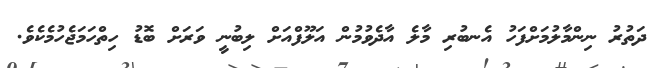
ދަތުރު ނިންމާލުމަށްފަހު އެނބުރި މާލެ އާދެވުމުން އަލޫފްއަށް ލިބުނީ ވަރަށް ބޮޑު ހިތްހަމަޖެހުމެކެވެ.